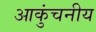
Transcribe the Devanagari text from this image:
आकुंचनीय